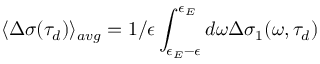
\langle \Delta \sigma ( \tau _ { d } ) \rangle _ { a v g } = 1 / \epsilon \int _ { \epsilon _ { E } - \epsilon } ^ { \epsilon _ { E } } d \omega \Delta \sigma _ { 1 } ( \omega , \tau _ { d } )